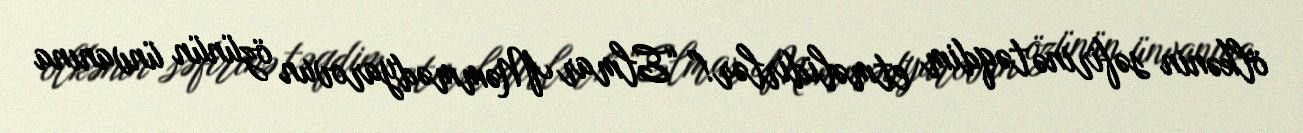
ölkənin səfirinə təqdim etməlidirlər!” “Elmar Məmmədyarovun özünün ünvanına